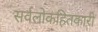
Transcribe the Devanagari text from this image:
सर्वलोकहितकारी